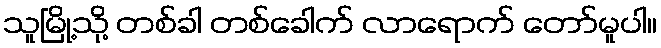
သူမြို့သို့ တစ်ခါ တစ်ခေါက် လာရောက် တော်မူပါ။